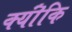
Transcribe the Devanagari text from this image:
क्यॊंकि